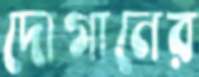
দোগানের